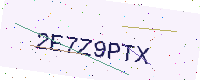
Text: 2E7Z9PTX